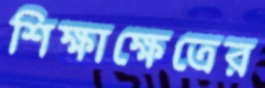
শিক্ষাক্ষেত্রের